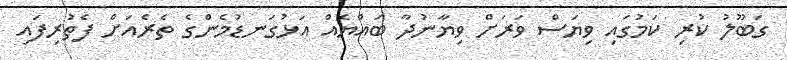
ގަބޫލު ކުރި ކަމުގައި ވިޔަސް ވަރަށް ވިޔާނުދާ ބައްޔެއް އަޅުގަނޑުމެންގެ ތެރެއަށް ފެތުރިފައި